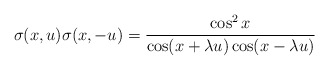
\begin{align*}\sigma (x,u)\sigma (x,-u)=\frac{\cos ^{2}x}{\cos (x+\lambda u)\cos (x-\lambda u)}\end{align*}